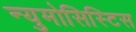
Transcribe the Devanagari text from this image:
न्युमोसिस्टिस